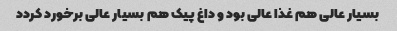
بسیار عالی هم غذا عالی بود و داغ پیک هم بسیار عالی برخورد کردد